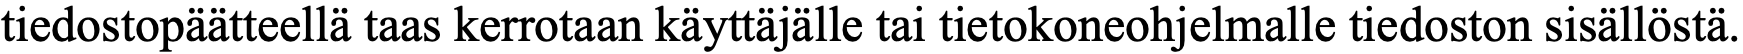
tiedostopäätteellä taas kerrotaan käyttäjälle tai tietokoneohjelmalle tiedoston sisällöstä.